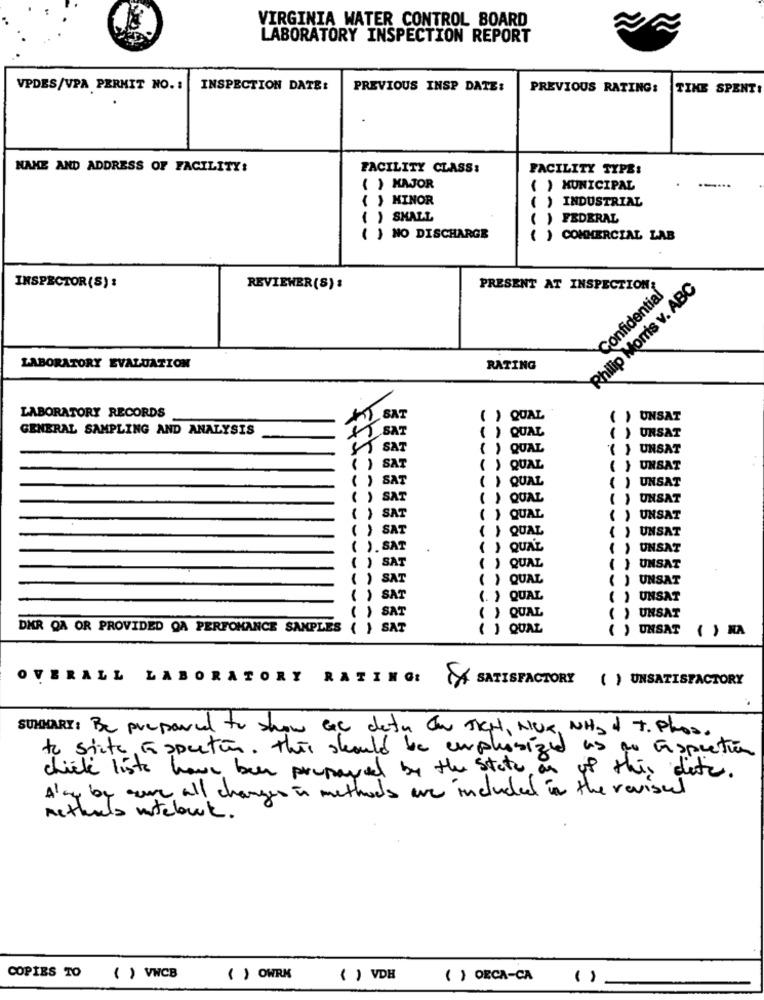
VIRGINIA WATER CONTROL BOARD
LABORATORY INSPECTION REPORT
VPDES/VPA PERMIT NO. :
INSPECTION DATE:
PREVIOUS INSP DATE:
PREVIOUS RATING:
TIME SPENT
NAME AND ADDRESS OF FACILITY:
FACILITY CLASS:
FACILITY TYPE:
( ) MAJOR
( ) MUNICIPAL
{ } MINOR
( ) INDUSTRIAL
( ) SHALL
) FEDERAL
( ) NO DISCHARGE
( ) COMMERCIAL LAB
INSPECTOR(S):
REVIEWER(S):
PRESENT AT INSPECTION
Philip Morris v. ABC
Confidential
LABORATORY EVALUATION
RATING
LABORATORY RECORDS
SAT
( ) QUAL
UNSAT
GENERAL SAMPLING AND ANALYSIS
SAT
( ) QUAL
UNSAT
SAT
{ ) QUAL
{ } UNSAT
SAT
( ) QUAL
( } UNSAT
SAT
QUAL
( ) UNSAT
SAT
QUAL
( ) UNSAT
SAT
QUAL
{ ) UNSAT
SAT
()
QUAL
( ) UNSAT
SAT
} QUAL
( ) UNSAT
SAT
() QUAL
( ) UNSAT
SAT
( ) QUAL
( ) UNSAT
SAT
(. ) QUAL
( ) UNSAT
SAT
) QUAL
( ) UNSAT
DER QA OR PROVIDED QA PERFOMANCE SAMPLES { } SAT
( ) QUAL
( ) UNSAT
( ) MA
OVERALL LABORATORY RATING:
SATISFACTORY
( ) UNSATISFACTORY
SUMARY: Be prepared to show ac dety an sich , Aux, NHad T. Phos.
to site aspecton. This should be emphasized as an inspection
chick liste have been prepared by the state, an up this date.
Alay by awe all changes in methods are included in the revised
nethals intelowk.
COPIES TO ( ) VWCB
( ) OWRK
( ) VDE
( ) ORCA-CA